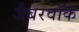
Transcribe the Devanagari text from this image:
जैबरवॉक